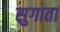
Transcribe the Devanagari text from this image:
सुगाता